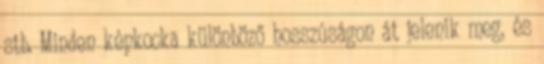
stb. Minden képkocka különböző hosszúságon át jelenik meg, és